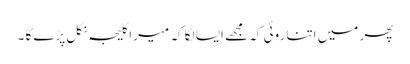
پھر میں اتنا روئی کہ مجھے ایسا لگا کہ میرا کلیجہ نکل پڑے گا ۔